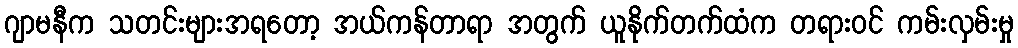
ဂျာမနီက သတင်းများအရတော့ အယ်ကန်တာရာ အတွက် ယူနိုက်တက်ထံက တရားဝင် ကမ်းလှမ်းမှု